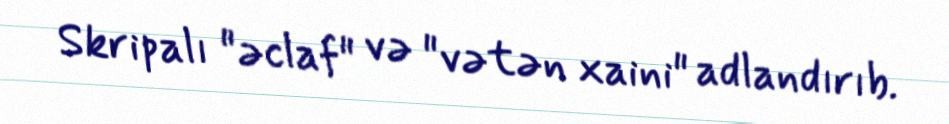
Skripalı "əclaf" və "vətən xaini" adlandırıb.